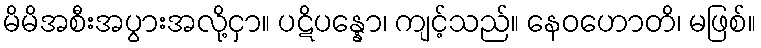
မိမိအစီးအပွားအလို့ငှာ။ ပဋိပန္နော၊ ကျင့်သည်။ နေဝဟောတိ၊ မဖြစ်။